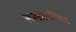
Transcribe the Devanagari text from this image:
सत्याग्रहीपेक्षा